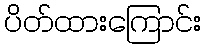
ပိတ်ထားကြောင်း